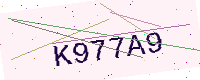
Text: K977A9